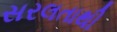
સરલતાથી